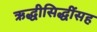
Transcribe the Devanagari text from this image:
ऋद्धीसिद्धींसह